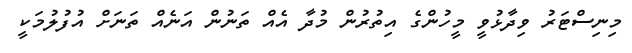
މިނިސްޓަރު ވިދާޅުވީ މީހުންގެ އިތުރުން މުދާ އެއް ތަނުން އަނެއް ތަނަށް އުފުލުމަކީ